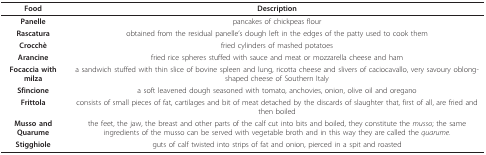
| Food | Description |
 | --- | --- |
 | Panelle | pancakes of chickpeas flour |
 | Rascatura | obtained from the residual panelle's dough left in the edges of the patty used to cook them |
 | Crocchè | fried cylinders of mashed potatoes |
 | Arancine | fried rice spheres stuffed with sauce and meat or mozzarella cheese and ham |
 | Focaccia with milza | a sandwich stuffed with thin slice of bovine spleen and lung, ricotta cheese and slivers of caciocavallo, very savoury oblong-shaped cheese of Southern Italy |
 | Sfincione | a soft leavened dough seasoned with tomato, anchovies, onion, olive oil and oregano |
 | Frittola | consists of small pieces of fat, cartilages and bit of meat detached by the discards of slaughter that, first of all, are fried and then boiled |
 | Musso and Quarume | the feet, the jaw, the breast and other parts of the calf cut into bits and boiled, they constitute the musso; the same ingredients of the musso can be served with vegetable broth and in this way they are called the quarume. |
 | Stigghiole | guts of calf twisted into strips of fat and onion, pierced in a spit and roasted |